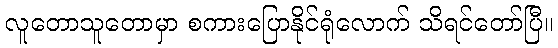
လူတောသူတောမှာ စကားပြောနိုင်ရုံလောက် သိရင်တော်ပြီ။